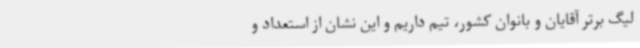
لیگ برتر آقایان و بانوان کشور، تیم داریم و این نشان از استعداد و